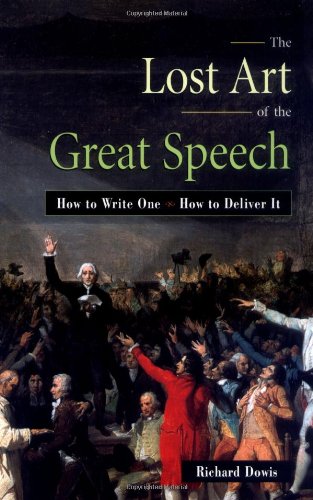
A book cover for The Lost Art of the Great Speech: How to Write One--How to Deliver It; Richard Dowis; Reference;